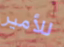
للأمير